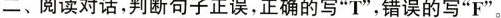
二、阅读对话,判断句子正误,正确的写"T",错误的写"F".